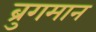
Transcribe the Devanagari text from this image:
ब्रुगमान